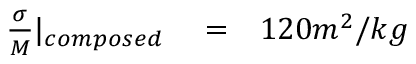
\begin{array} { r l r } { \frac { \sigma } { M } | _ { c o m p o s e d } } & { { } = } & { 1 2 0 m ^ { 2 } / k g } \end{array}